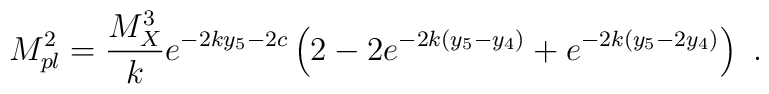
M_{pl}^2 = {{M_X^3}\over k} e^{-2 k y_5 -2c }\left(2- 2e^{-2 k (y_5 -y_4) } + e^{-2 k ( y_5 -2 y_4)} \right)~.~\,